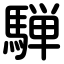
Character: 騨